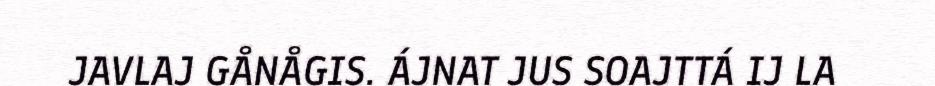
JAVLAJ GÅNÅGIS. ÁJNAT JUS SOAJTTÁ IJ LA